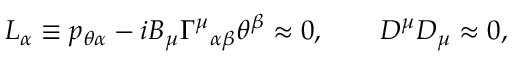
L _ { \alpha } \equiv p _ { \theta \alpha } - i B _ { \mu } { \Gamma ^ { \mu } } _ { \alpha \beta } \theta ^ { \beta } \approx 0 , \qquad D ^ { \mu } D _ { \mu } \approx 0 ,